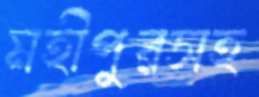
মহীপুরসহ